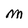
Character: M